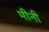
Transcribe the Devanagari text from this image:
मीनी